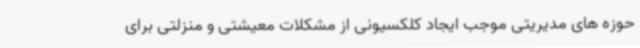
حوزه های مدیریتی موجب ایجاد کلکسیونی از مشکلات معیشتی و منزلتی برای